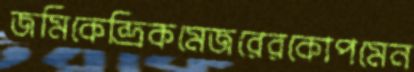
জমিকেন্দ্রিকমেজরেরকোপমেন